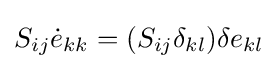
S_{ij}{\dot {e}}_{kk}=(S_{ij}\delta _{kl})\delta e_{kl}